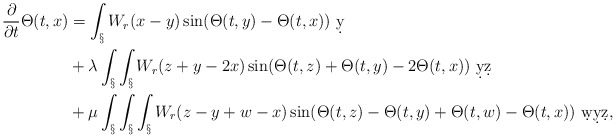
\begin{align*}\frac{\partial}{\partial t}\Theta(t,x) &= \int_\S W_r(x-y) \sin(\Theta(t,y)-\Theta(t,x))\ \d y\\&+ \lambda \int_\S\int_\S W_r(z+y-2x) \sin(\Theta(t,z)+\Theta(t,y) - 2\Theta(t,x))\ \d y\d z\\&+ \mu\int_\S\int_\S\int_\S W_r(z-y+w-x) \sin(\Theta(t,z)-\Theta(t,y)+\Theta(t,w)-\Theta(t,x))\ \d w \d y \d z,\end{align*}